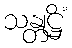
သန္တုဋ္ဌိံ